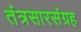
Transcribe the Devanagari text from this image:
तंत्रसारसंग्रह